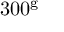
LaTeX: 3 0 0 ^ { \mathrm { g } }